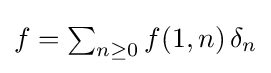
\textstyle f=\sum _{n\geq 0}f(1,n)\,\delta _{n}